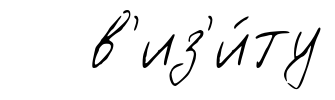
в'из'и́ту